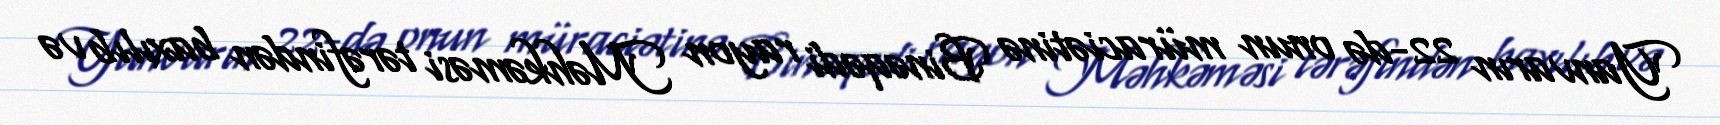
Yanvarın 22-də onun müraciətinə Binəqədi rayon Məhkəməsi tərəfindən baxılıb və